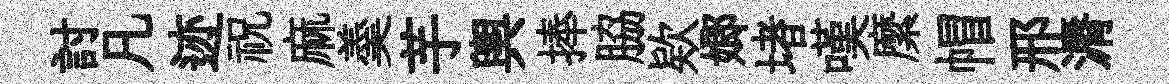
討凡迹祝麻羮芋輿捧脇欵嫏堵嘆縻帽邢漘